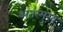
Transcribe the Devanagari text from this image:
अंतरमुख